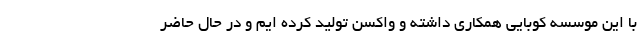
با این موسسه کوبایی همکاری داشته و واکسن تولید کرده ایم و در حال حاضر